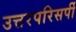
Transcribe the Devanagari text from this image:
उत्तरपरिसर्पी